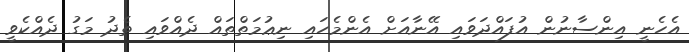
އެހެނީ އިންސާނުން އުފައްދަވައި އޭނާއަށް އެންމެހައި ނިޢުމަތްތައް ދެއްވައި ތެދު މަގު ދެއްކެވީ